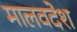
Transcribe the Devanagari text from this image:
मालवदेश